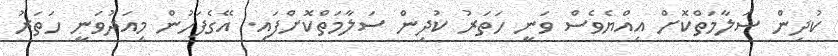
ކުދިން ސަލާމަތްކޮށް އިއްޔެވެސް ވަނީ ހަތަރު ކުދިން ސަލާމަތްކޮށްފައި. އޭގެފަހުން މިއަދުވަނީ ހަތަރު